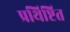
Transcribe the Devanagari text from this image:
प्रथिष्टित